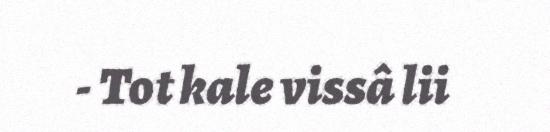
- Tot kale vissâ lii